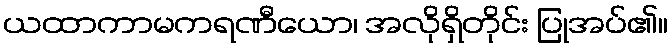
ယထာကာမကရဏီယော၊ အလိုရှိတိုင်း ပြုအပ်၏။